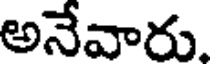
అనేవారు.